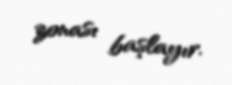
zonası başlayır.